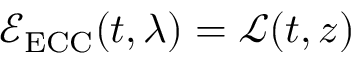
\mathcal E _ { \mathrm { E C C } } ( t , \lambda ) = \mathcal L ( t , z )